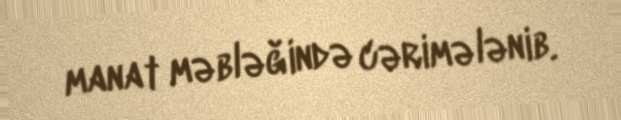
manat məbləğində cərimələnib.